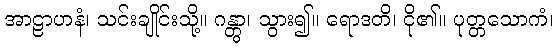
အာဠာဟနံ၊ သင်းချိုင်းသို့။ ဂန္တွာ၊ သွား၍။ ရောဒတိ၊ ငို၏။ ပုတ္တသောကံ၊